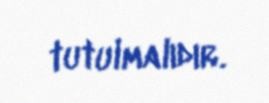
tutulmalıdır.